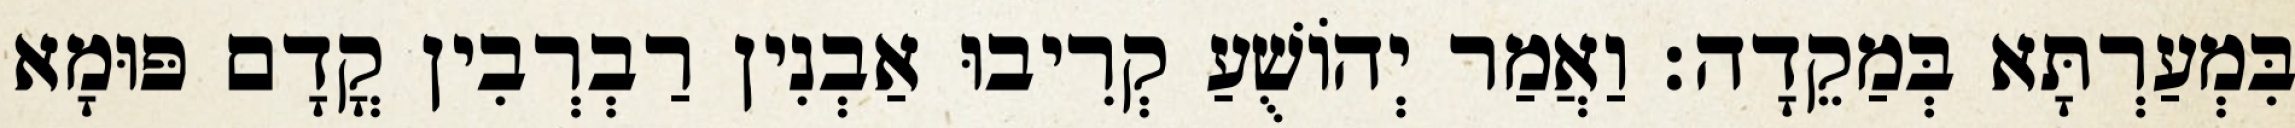
בִּמְעַרְתָּא בְּמַקֵדָה׃ וַאֲמַר יְהוֹשֻׁעַ קְרִיבוּ אַבְנִין רַבְרְבִין קֳדָם פּוּמָא